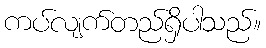
ကပ်လျက်တည်ရှိပါသည်။